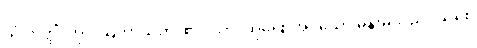
ယံ ဣတ္ထိံ၊ ကို။ ဩဘာသတိ၊ ၏။ သာ၊ ထိုပြောအပ်သော မိန်းမသည်။ သစေ